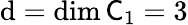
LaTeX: \mathrm{d}=\dim\mathsf{C}_{1}=3